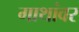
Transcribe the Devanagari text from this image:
गाथांवर